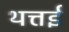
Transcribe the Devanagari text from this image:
थत्तई